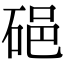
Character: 𥒵